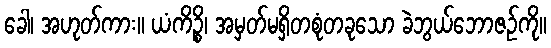
ခေါ၊ အဟုတ်ကား။ ယံကိဉ္စိ၊ အမှတ်မရှိတစုံတခုသော ခဲဘွယ်ဘောဇဉ်ကို။